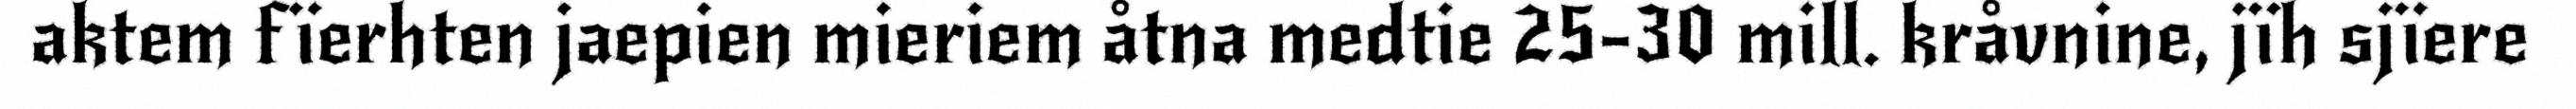
aktem fïerhten jaepien mieriem åtna medtie 25-30 mill. kråvnine, jïh sjïere